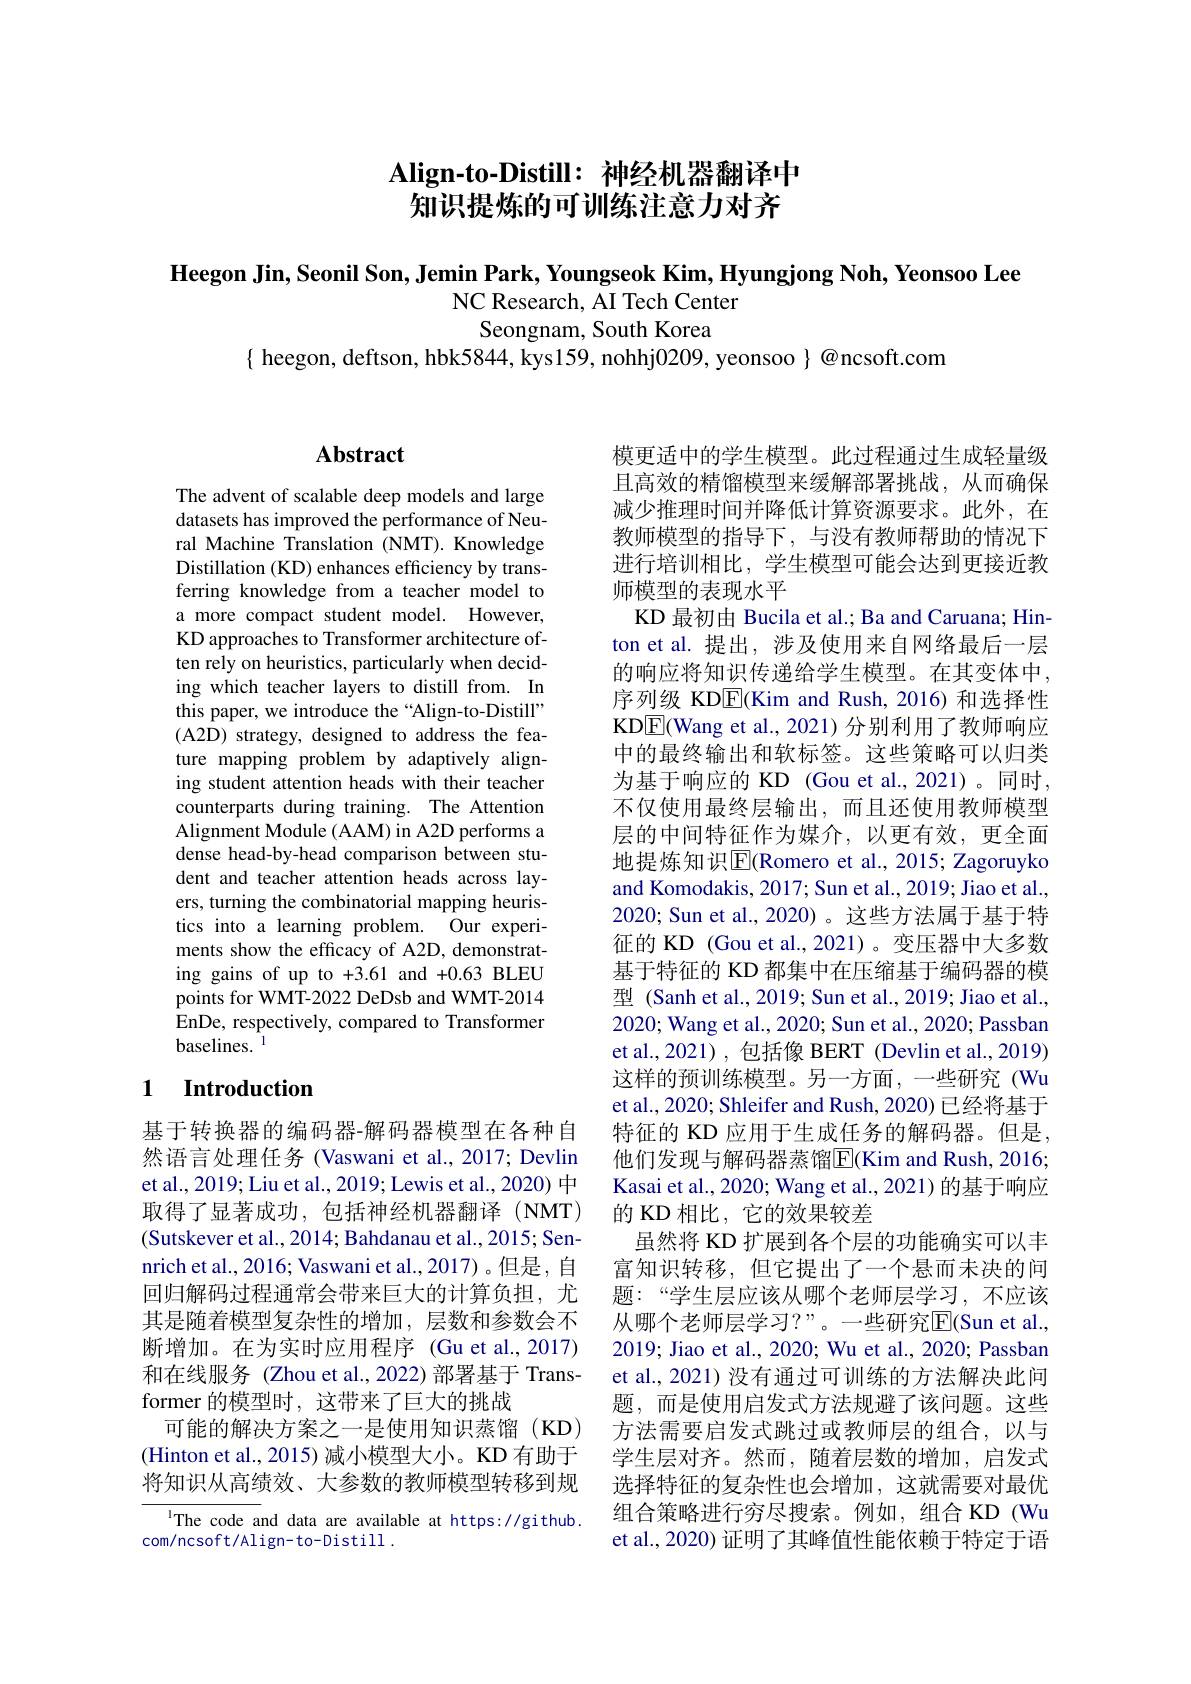
# Align-to-Distill: 神经机器翻译中知识提炼的可训练注意力对齐

$\textbf{Heegon Jin, Seonil Son, Jemin Park, Youngseok Kim, Hyungjong Noh, Yeonsoo Lee}$
NC Research, AI Tech Center
Seongnam, South Korea

$\{$ heegon, deftson, hbk5844, kys159, nohhj0209, yeonsoo $\}$@ncsoft.com

## Abstract

The advent of scalable deep models and large datasets has improved the performance of Neural Machine Translation (NMT).Knowledge Distillation (KD) enhances efficiency by transferring knowledge from a teacher model to a more compact student model. However, KD approaches to Transformer architecture often rely on heuristics, particularly when deciding which teacher layers to distill from. In this paper, we introduce the “Align-to-Distill” (A2D) strategy, designed to address the feature mapping problem by adaptively aligning student attention heads with their teacher counterparts during training. The Attention Alignment Module (AAM) in A2D performs a dense head-by-head comparison between student and teacher attention heads across layers, turning the combinatorial mapping heuristics into a learning problem. Our experiments show the efficacy of A2D, demonstrating gains of up to +3.61 and +0.63 BLEU points for WMT-2022 DeDsb and WMT-2014 EnDe, respectively, compared to Transformer baselines. $^{\mathrm{l}}$

## 1 $\textbf{Introduction}$

基于转换器的编码器-解码器模型在各种自然语言处理任务 (Vaswani et al., 2017; Devlin et al., 2019; Liu et al., 2019; Lewis et al., 2020) 中取得了显著成功，包括神经机器翻译(NMT) (Sutskever et al., 2014; Bahdanau et al., 2015; Sennrich et al., 2016; Vaswani et al., 2017)。但是，自回归解码过程通常会带来巨大的计算负担，尤其是随着模型复杂性的增加，层数和参数会不断增加。在为实时应用程序 (Gu et al.,2017) 和在线服务 (Zhou et al.,2022) 部署基于 Transformer 的模型时，这带来了巨大的挑战
可能的解决方案之一是使用知识蒸馏(KD) (Hinton et al., 2015) 减小模型大小。KD 有助于将知识从高绩效、大参数的教师模型转移到规

IThe code and data are available at https://github.
com/ncsoft/Align-to-Distill.

模更适中的学生模型。此过程通过生成轻量级且高效的精馏模型来缓解部署挑战，从而确保减少推理时间并降低计算资源要求。此外，在教师模型的指导下，与没有教师帮助的情况下进行培训相比，学生模型可能会达到更接近教师模型的表现水平
KD 最初由 Bucila et al.; Ba and Caruana; Hinton et al. 提出，涉及使用来自网络最后一层的响应将知识传递给学生模型。在其变体中， 序列级 KD$\overline{\mathrm{E}}($Kim and Rush,2016)和选择性KDE(Wang et al., 2021)分别利用了教师响应中的最终输出和软标签。这些策略可以归类为基于响应的 KD (Gou et al.,2021)。同时， 不仅使用最终层输出，而且还使用教师模型层的中间特征作为媒介，以更有效，更全面地提炼知识$\mathbb{E}$(Romero et al., 2015; Zagoruyko and Komodakis, 2017; Sun et al., 2019; Jiao et al., 2020; Sun et al., 2020) 。这些方法属于基于特征的 KD (Gou et al.,2021)。变压器中大多数基于特征的 KD 都集中在压缩基于编码器的模型 (Sanh et al., 2019; Sun et al., 2019; Jiao et al., 2020; Wang et al., 2020; Sun et al., 2020; Passban et al., 2021) , 包括像 BERT (Devlin et al., 2019) 这样的预训练模型。另一方面，一些研究(Wu et al., 2020; Shleifer and Rush, 2020) 已经将基于特征的 KD 应用于生成任务的解码器。但是， 他们发现与解码器蒸馏$\overline{\mathrm{E}}($Kim and Rush, 2016; Kasai et al., 2020; Wang et al., 2021) 的基于响应的 KD 相比，它的效果较差
虽然将 KD 扩展到各个层的功能确实可以丰富知识转移，但它提出了一个悬而未决的问题：“学生层应该从哪个老师层学习，不应该从哪个老师层学习？”。一些研究E$( Sun et al. $, 2019; Jiao et al., 2020; Wu et al., 2020; Passban et al., 2021) 没有通过可训练的方法解决此问题，而是使用启发式方法规避了该问题。这些方法需要启发式跳过或教师层的组合，以与学生层对齐。然而，随着层数的增加，启发式选择特征的复杂性也会增加，这就需要对最优组合策略进行穷尽搜索。例如，组合 KD (Wu et al., 2020) 证明了其峰值性能依赖于特定于语